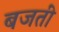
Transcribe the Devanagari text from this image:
बजतीं